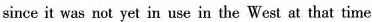
since it was not yet in use in the West at that time.